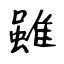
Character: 雖